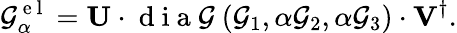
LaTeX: \mathcal{G}_{\alpha}^{\mathrm{{~e~l~}}}=\mathbf{{U}}\cdot\mathrm{{~d~i~a~\mathcal{G}~}}(\mathcal{G}_{1},\alpha\mathcal{G}_{2},\alpha\mathcal{G}_{3})\cdot\mathbf{{V}}^{\dagger}.